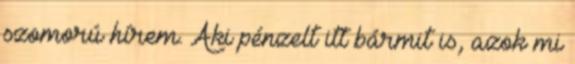
szomorú hírem. Aki pénzelt itt bármit is, azok mi